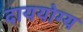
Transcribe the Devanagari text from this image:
दाययोग्य